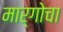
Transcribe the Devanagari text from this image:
मार्गोचा